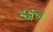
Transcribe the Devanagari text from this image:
डङ्गन